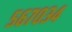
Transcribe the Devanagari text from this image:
५६७०३४